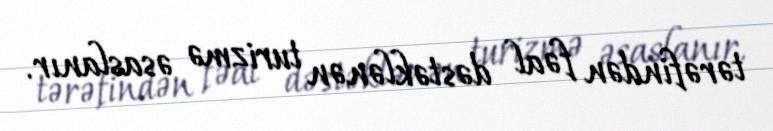
tərəfindən fəal dəstəklənən turizmə əsaslanır.